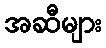
အဆီများ